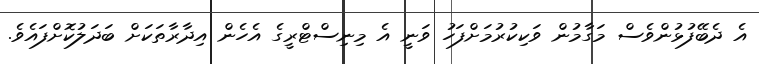
އެ ދެބޭފުޅުންވެސް މަގާމުން ވަކިކުރުމަށްފަހު ވަނީ އެ މިނިސްޓްރީގެ އެހެން އިދާރާތަކަށް ބަދަލުކޮށްފައެވެ.